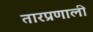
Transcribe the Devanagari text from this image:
तारप्रणाली